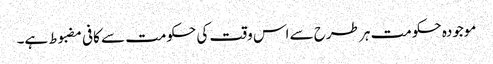
موجودہ حکومت ہر طرح سے اس وقت کی حکومت سے کافی مضبوط ہے۔